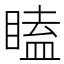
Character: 瞌